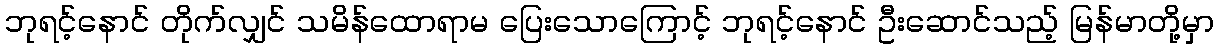
ဘုရင့်နောင် တိုက်လျှင် သမိန်ထောရာမ ပြေးသောကြောင့် ဘုရင့်နောင် ဦးဆောင်သည့် မြန်မာတို့မှာ